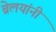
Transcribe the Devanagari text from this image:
ब्रेलयांनी